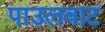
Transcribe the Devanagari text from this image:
पाउलवाट